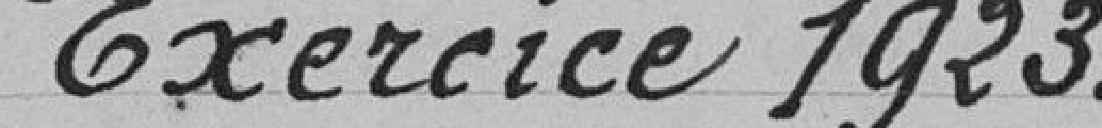
Exercice 1923